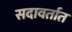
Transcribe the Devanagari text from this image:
सदावर्तात